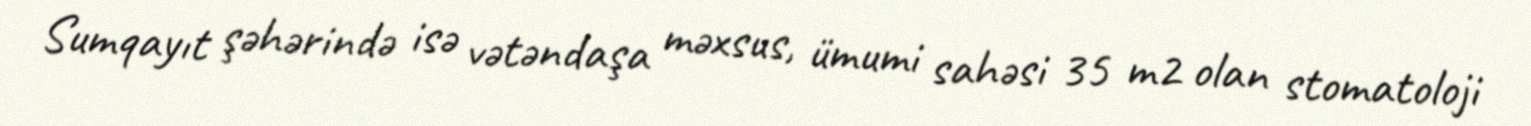
Sumqayıt şəhərində isə vətəndaşa məxsus, ümumi sahəsi 35 m2 olan stomatoloji